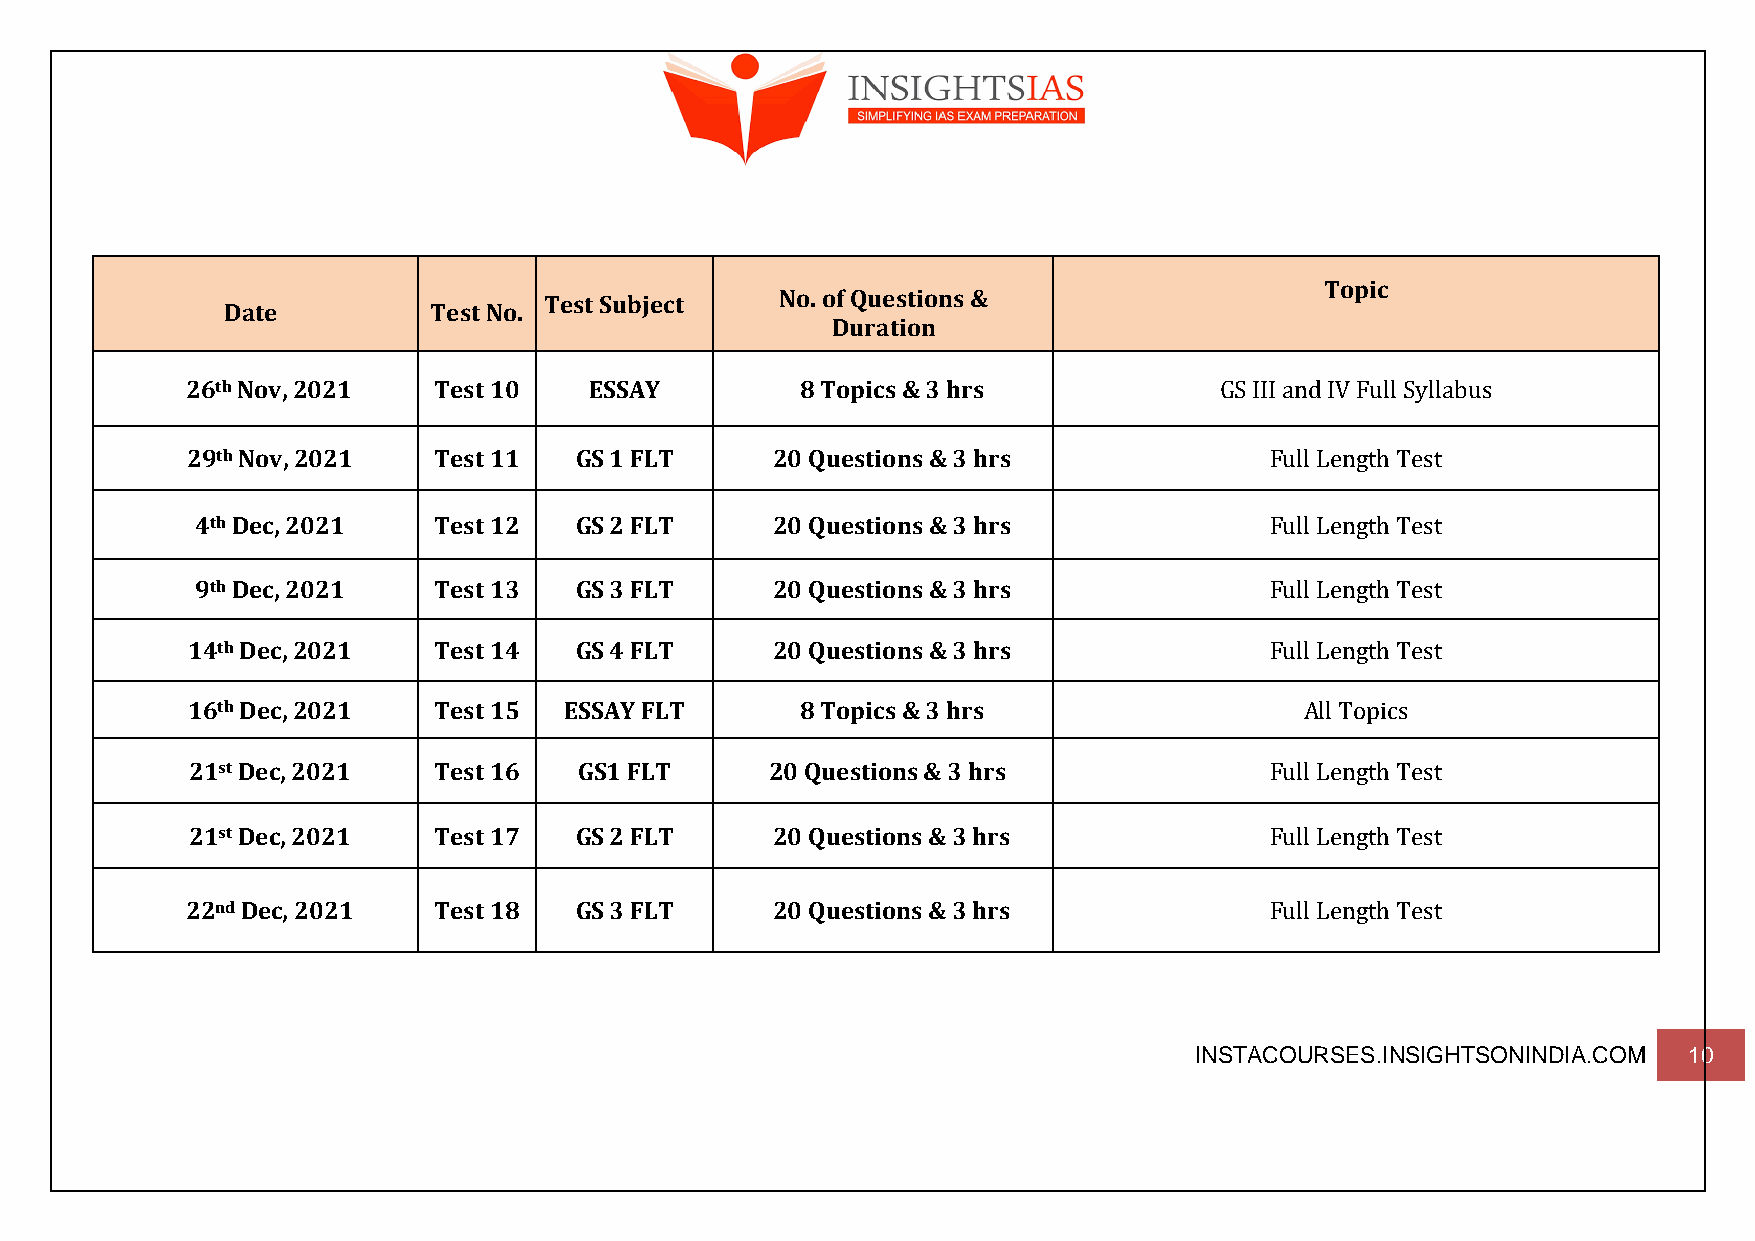
Topic
 Test Subject    No. of Questions &
 Date         Test No.
 Duration
 26th Nov, 2021   Test 10   ESSAY         8 Topics & 3 hrs            GS III and IV Full Syllabus
 29th Nov, 2021   Test 11  GS 1 FLT     20 Questions & 3 hrs             Full Length Test
 4th Dec, 2021   Test 12  GS 2 FLT     20 Questions & 3 hrs             Full Length Test
 9th Dec, 2021   Test 13  GS 3 FLT     20 Questions & 3 hrs             Full Length Test
 14th Dec, 2021   Test 14  GS 4 FLT     20 Questions & 3 hrs             Full Length Test
 16th Dec, 2021   Test 15 ESSAY FLT       8 Topics & 3 hrs                 All Topics
 21st Dec, 2021   Test 16  GS1 FLT      20 Questions & 3 hrs             Full Length Test
 21st Dec, 2021   Test 17  GS 2 FLT     20 Questions & 3 hrs             Full Length Test
 22nd Dec, 2021   Test 18  GS 3 FLT     20 Questions & 3 hrs             Full Length Test
 INSTACOURSES.INSIGHTSONINDIA.COM 10